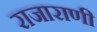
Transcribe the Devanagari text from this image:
राजाराणी